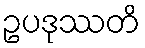
ဥပဒုဿတိ